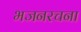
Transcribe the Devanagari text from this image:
भजनरचना